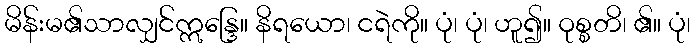
မိန်းမ၏သာလျှင်ဣန္ဒြေ။ နိရယော၊ ငရဲကို။ ပုံ၊ ပုံ၊ ဟူ၍။ ဝုစ္စတိ၊ ၏။ ပုံ၊